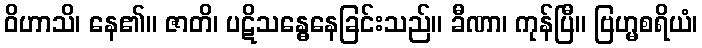
ဝိဟာသိ၊ နေ၏။ ဇာတိ၊ ပဋိသန္ဓေနေခြင်းသည်။ ခီဏာ၊ ကုန်ပြီ။ ဗြဟ္မစရိယံ၊